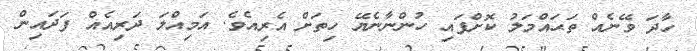
ހާދަ ވޭނެއް ތަޙައްމަލު ކޮށްފައި ހުންނާނެޔޭ ހިތަށް އެރިއެވެ. އަމިއްލަ ދަރިއެއް ފަދައިން